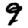
Digit: 9